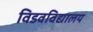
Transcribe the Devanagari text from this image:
विडवविद्यालय